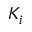
K _ { i }